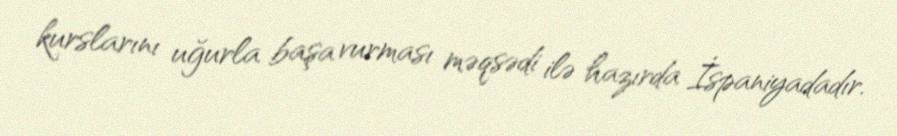
kurslarını uğurla başa vurması məqsədi ilə hazırda İspaniyadadır.